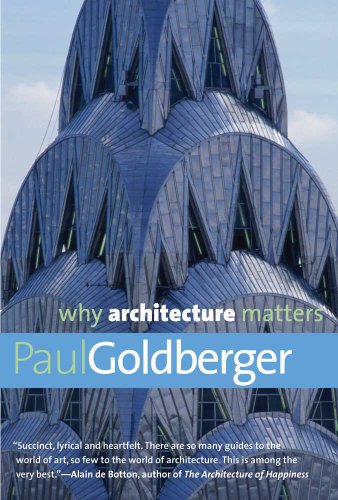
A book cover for Why Architecture Matters (Why X Matters Series); Paul Goldberger; Arts & Photography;